Specificity of antivenomous sera, with special reference to a serum prepared with the venom of Daboia russellii - Number 16
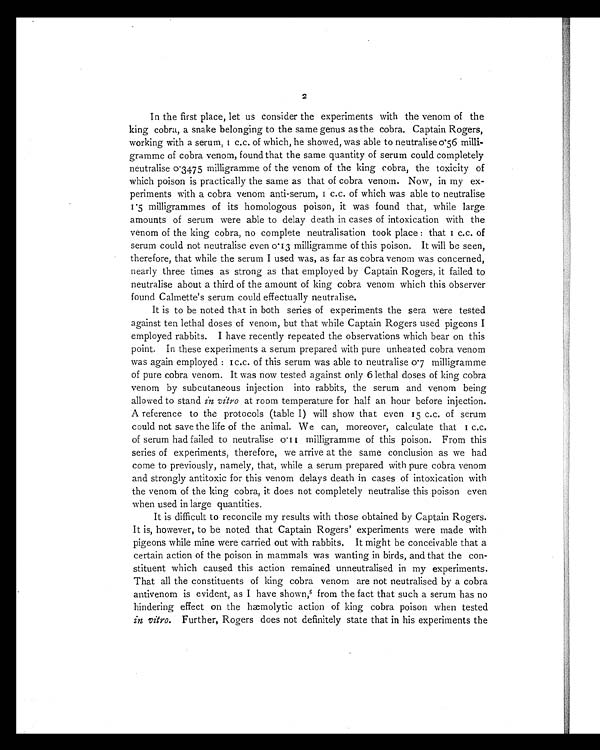
2
In the first place, let us consider the experiments with the venom of the
king cobra, a snake belonging to the same genus as the cobra. Captain Rogers,
working with a serum, 1 c.c. of which, he showed, was able to neutralise 0.56 milli-
gramme of cobra venom, found that the same quantity of serum could completely
neutralise 0.3475 milligramme of the venom of the king cobra, the toxicity of
which poison is practically the same as that of cobra venom. Now, in my ex-
periments with a cobra venom anti-serum, 1 c.c. of which was able to neutralise
1.5 milligrammes of its homologous poison, it was found that, while large
amounts of serum were able to delay death in cases of intoxication with the
venom of the king cobra, no complete neutralisation took place : that 1 c.c. of
serum could not neutralise even 0.13 milligramme of this poison. It will be seen,
therefore, that while the serum I used was, as far as cobra venom was concerned,
nearly three times as strong as that employed by Captain Rogers, it failed to
neutralise about a third of the amount of king cobra venom which this observer
found Calmette's serum could effectually neutralise.
It is to be noted that in both series of experiments the sera were tested
against ten lethal doses of venom, but that while Captain Rogers used pigeons I
employed rabbits. I have recently repeated the observations which bear on this
point. In these experiments a serum prepared with pure unheated cobra venom
was again employed : 1c.c. of this serum was able to neutralise 0.7 milligramme
of pure cobra venom. It was now tested against only 6 lethal doses of king cobra
venom by subcutaneous injection into rabbits, the serum and venom being
allowed to stand in vitro at room temperature for half an hour before injection.
A reference to the protocols (table I) will show that even 15 c.c. of serum
could not save the life of the animal. We can, moreover, calculate that 1 c.c.
of serum had failed to neutralise 0.11 milligramme of this poison. From this
series of experiments, therefore, we arrive at the same conclusion as we had
come to previously, namely, that, while a serum prepared with pure cobra venom
and strongly antitoxic for this venom delays death in cases of intoxication with
the venom of the king cobra, it does not completely neutralise this poison even
when used in large quantities.
It is difficult to reconcile my results with those obtained by Captain Rogers.
It is, however, to be noted that Captain Rogers' experiments were made with
pigeons while mine were carried out with rabbits. It might be conceivable that a
certain action of the poison in mammals was wanting in birds, and that the con-
stituent which caused this action remained unneutralised in my experiments.
That all the constituents of king cobra venom are not neutralised by a cobra
antivenom is evident, as I have shown,5from the fact that such a serum has no
hindering effect on the hæmolytic action of king cobra poison when tested
in vitro. Further, Rogers does not definitely state that in his experiments the